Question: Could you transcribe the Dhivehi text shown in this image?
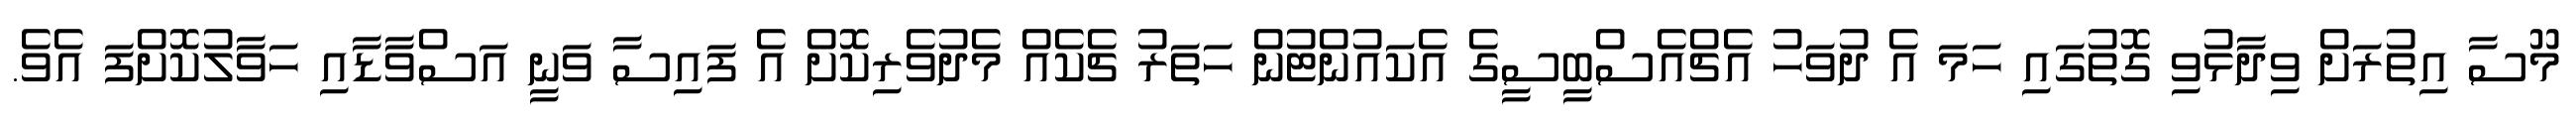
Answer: މޫސާ އިތުރަށް ވިދާޅުވި ގޮތުގައި ހަމަ އެ ދުވަހު އެޗްއެސްބީސީގެ އެކައުންޓުން ހަތަރު ޗެކެއް މެދުވެރިކޮށް އެ ފައިސާ ވަނީ އަސްވާޑާއި ހަވާލުކޮށްފަ އެވެ.